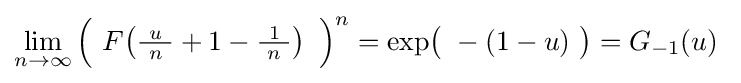
\lim _{n\to \infty }{\Bigl (}\ F\!\left({\tfrac {\ u\ }{n}}+1-{\tfrac {\ 1\ }{n}}\right)\ {\Bigr )}^{n}=\exp \!{\bigl (}\ -(1-u)\ {\bigr )}=G_{-1}(u)~